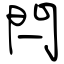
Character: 閂